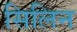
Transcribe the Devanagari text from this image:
सिलिन